Indian journal of veterinary science and animal husbandry - Volume 10,
Year: 1940
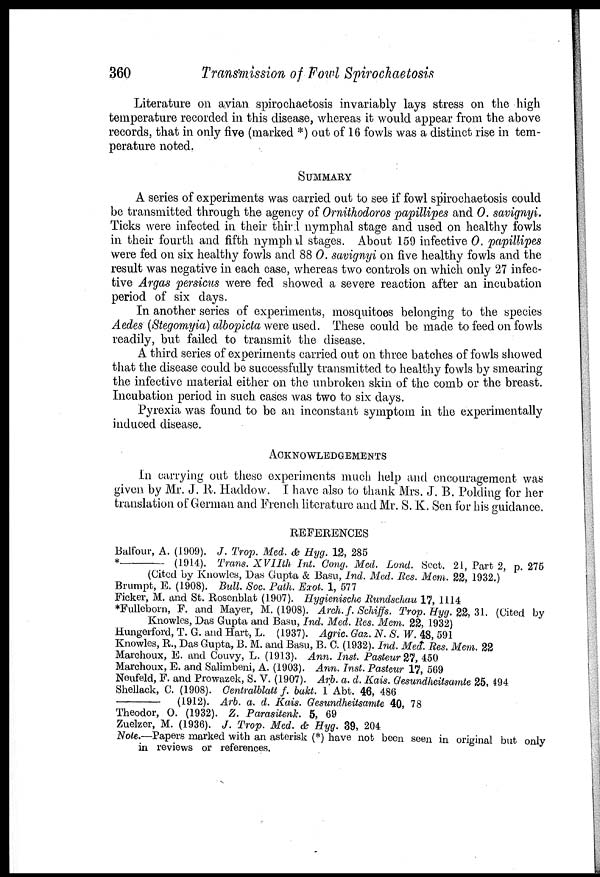
360
Transmission of Fowl Spirochaetosis
Literature on avian spirochaetosis invariably lays stress on the high
temperature recorded in this disease, whereas it would appear from the above
records, that in only five (marked *) out of 16 fowls was a distinct rise in tem-
perature noted.
SUMMARY
A series of experiments was carried out to see if fowl spirochaetosis could
be transmitted through the agency of Ornithodoros papillipes and O. savignyi.
Ticks were infected in their third nymphal stage and used on healthy fowls
in their fourth and fifth nymphal stages. About 159 infective O. papillipes
were fed on six healthy fowls and 88 O. savignyi on five healthy fowls and the
result was negative in each case, whereas two controls on which only 27 infec-
tive Argas persicus were fed showed a severe reaction after an incubation
period of six days.
In another series of experiments, mosquitoes belonging to the species
Aedes (Stegomyia) albopiota were used. These could be made to feed on fowls
readily, but failed to transmit the disease.
A third series of experiments carried out on three batches of fowls showed
that the disease could be successfully transmitted to healthy fowls by smearing
the infective material either on the unbroken skin of the comb or the breast.
Incubation period in such cases was two to six days.
Pyrexia was found to be an inconstant symptom in the experimentally
induced disease.
ACKNOWLEDGEMENTS
In carrying out these experiments much help and encouragement was
given by Mr. J. R. Haddow. I have also to thank Mrs. J. B. Polding for her
translation of German and French literature and Mr. S. K. Sen for his guidance,
REFERENCES
Balfour, A. (1909). J. Trop. Med. & Hyg. 12, 285
*—
(1914). Trans. XVIIth Int. Cong. Med. Lond. Sect. 21, Part 2, p. 275
(Cited by Knowles, Das Gupta & Basu, Ind. Med. Res. Mem. 22, 1932.)
Brumpt, E. (1908). Bull. Soc. Path. Exot. 1, 577
Ficker, M. and St. Rosenblat (1907). Hygienische Rundschau 17, 1114
*Fulleborn, F. and Mayer, M. (1908). Arch. f. Schiffs. Trop. Hyg. 22, 31. (Cited by
Knowles, Das Gupta and Basu, Ind. Med. Res. Mem. 22, 1932)
Hungerford, T. G. and Hart, L. (1937). Agric. Gaz. N. S. W. 48, 591
Knowles, R., Das Gupta, B. M. and Basu, B. C. (1932). Ind. Med. Res. Mem. 22
Marchoux, E. and Couvy, L. (1913). Ann. Inst. Pasteur 27, 450
Marchoux, E. and Salimbeni, A. (1903). Ann. Inst. Pasteur 17, 569
Neufeld, F. and Prowazek, S. V. (1907). Arb. a. d. Kais. Gesundheitsamte 25, 494
Shellack, C. (1908). Centralblatt f. bakt. 1 Abt. 46, 486
—
(1912). Arb. a. d. Kais. Gesundheitsamte 40, 78
Theodor, O. (1932). Z. Parasitenk. 5, 69
Zuelzer, M. (1936). J. Trop. Med. & Hyg. 39, 204
Note.—Papers marked with an asterisk (*) have not been seen in original but only
in reviews or references.